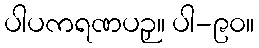
ပါပကရဏပဉှ။ ပါ-၉၀။